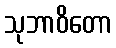
သုဘာဝိတော